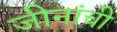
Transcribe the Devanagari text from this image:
जीनांची